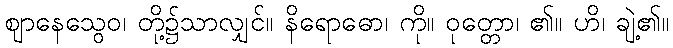
ဈာနေသွေဝ၊ တို့၌သာလျှင်။ နိရောဓော၊ ကို။ ဝုတ္တော၊ ၏။ ဟိ၊ ချဲ့၏။